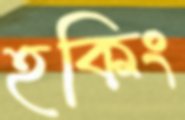
হকিং